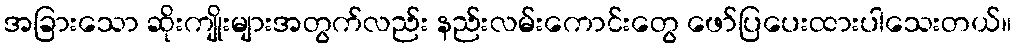
အခြားသော ဆိုးကျိုးများအတွက်လည်း နည်းလမ်းကောင်းတွေ ဖော်ပြပေးထားပါသေးတယ်။